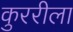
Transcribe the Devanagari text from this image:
कुररीला